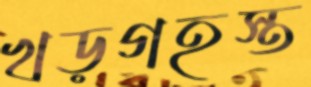
খড়গহস্ত